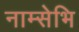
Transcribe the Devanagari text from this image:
नाम्सेभि